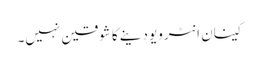
کینان انٹرویو دینے کا شوقین نہیں۔